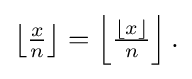
{\textstyle \left\lfloor {\frac {x}{n}}\right\rfloor =\left\lfloor {\frac {\lfloor x\rfloor }{n}}\right\rfloor .}